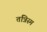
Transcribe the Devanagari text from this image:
तंत्रिस्म